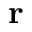
\mathbf { r }